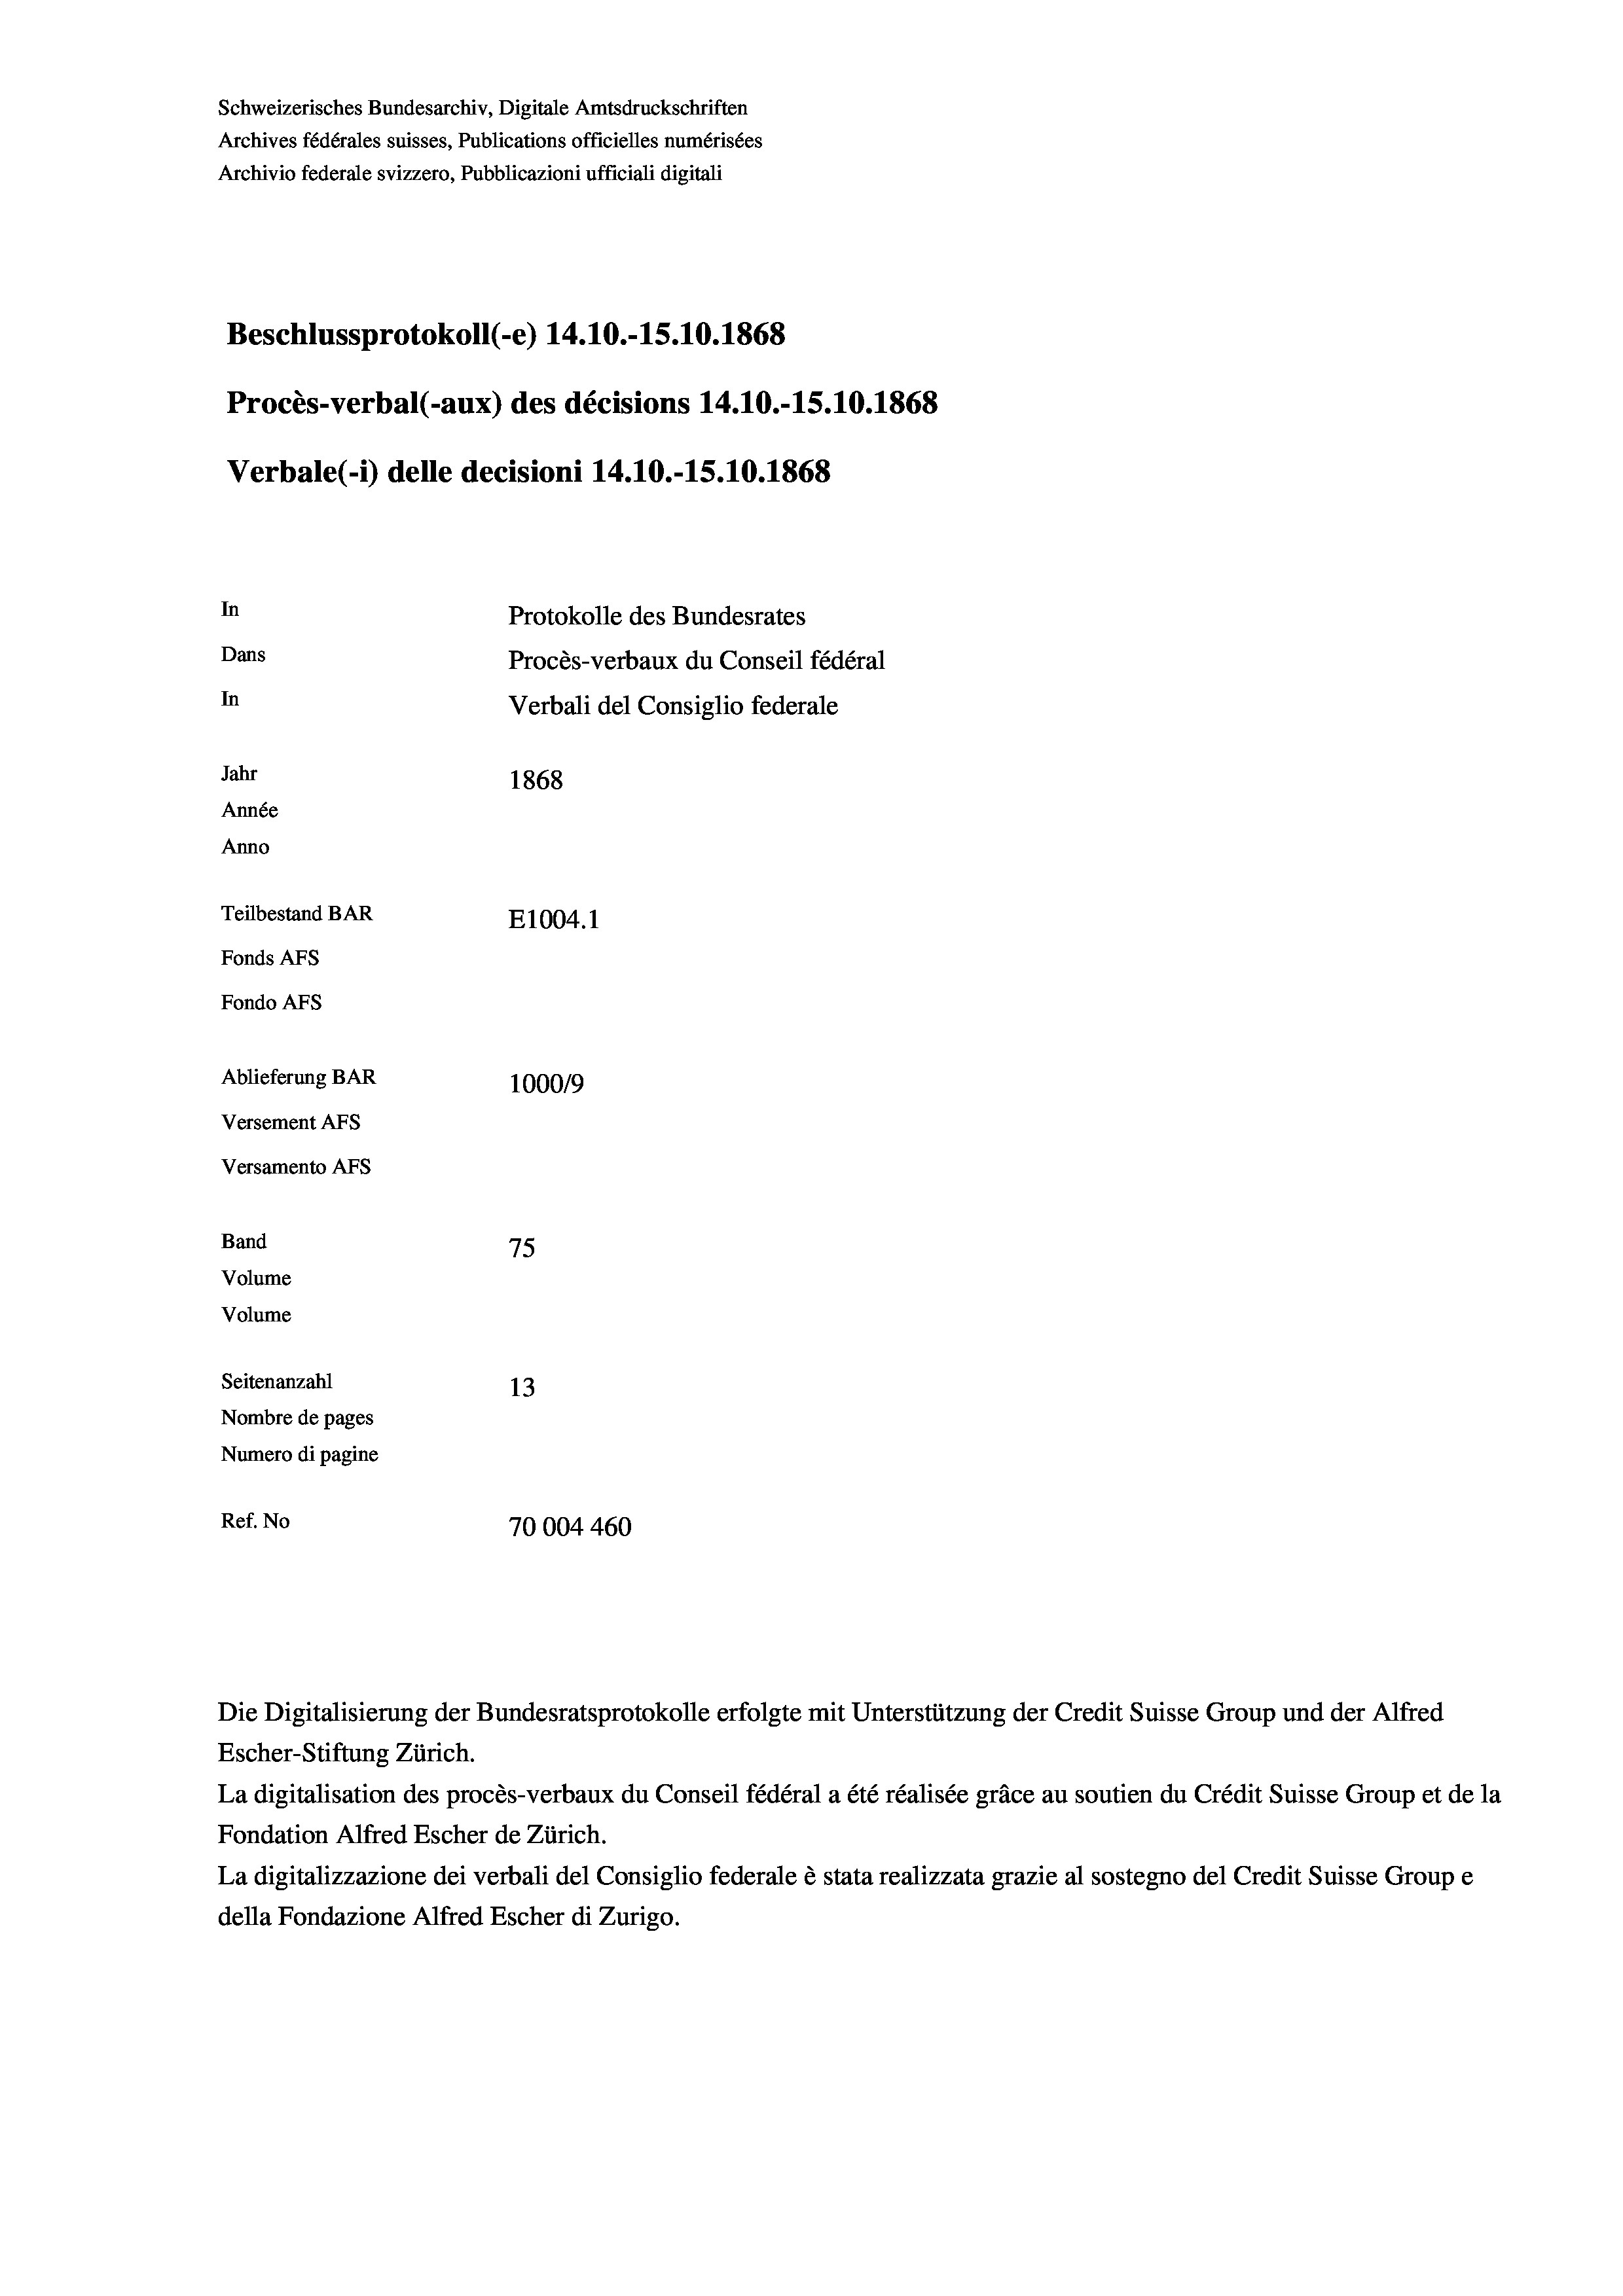
Schweizerisches Bundesarchiv, Digitale Amtsdruckschriften
Archives fédérales suisses, Publications officielles numérisées
Archivio federale svizzero, Pubblicazioni ufficiali digitali
Beschlussprotokoll (-e) 14.10.-15.10.1868
Procès-verbal (-aux) des décisions 14.10.-15.10.1868
Verbale (1) delle decisioni 14.10.-15.10.1868
In
Protokolle des Bundesrates
Dans
Procès-verbaux du Conseil fédéral
In
Verbali del Consiglio federale
Jahr
1868
Année
Anno
Teilbestand BAR
E1004. 1
Fonds AFs
Fondo AFS
Ablieferung BAR
1000/9
Versement AFs
Versamento AFs
Band
75

Seitenanzahl
13
Nombre de pages
Numero di pagine
Ref. No
70004 460

Volume
Volume

Die Digitalisierung der Bundesratsprotokolle erfolgte mit Unterstützung der Credit Suisse Group und der Alfred
Escher-Stiftung Zürich.
La digitalisation des procès-verbaux du Conseil fédéral a été réalisée gräce au soutien du Crédit Suisse Group et de la
Fondation Alfred Escher de Zürich.
La digitalizzazione dei verbali del Consiglio federale è stata realizzata grazie al sostegno del Credit Suisse Groupe
della Fondazione Alfred Escher di Zurigo.